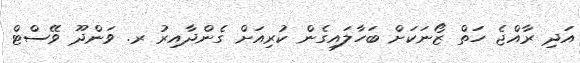
އަދި ރާއްޖެ ހަތް ޒޯނަކަށް ބަހާލައިގެން ކުރިއަށް ގެންދާއިރު ރ. ވަންދޫ ވޭސްޓް